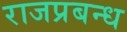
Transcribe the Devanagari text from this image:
राजप्रबन्ध